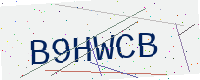
Text: B9HWCB